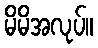
မိမိအလုပ်။